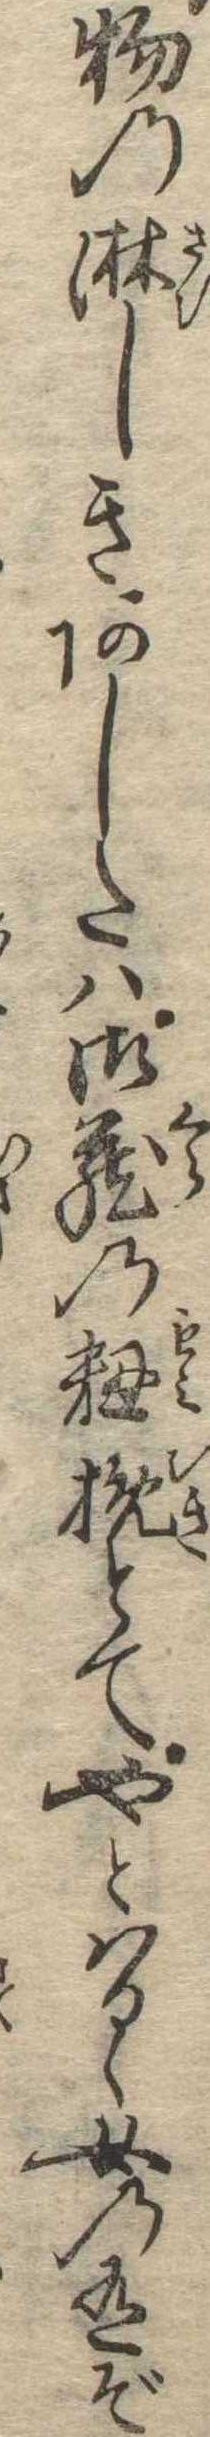
物の淋しきあしたは御蔵の籾挽とてやとはるゝ女の有ぞ